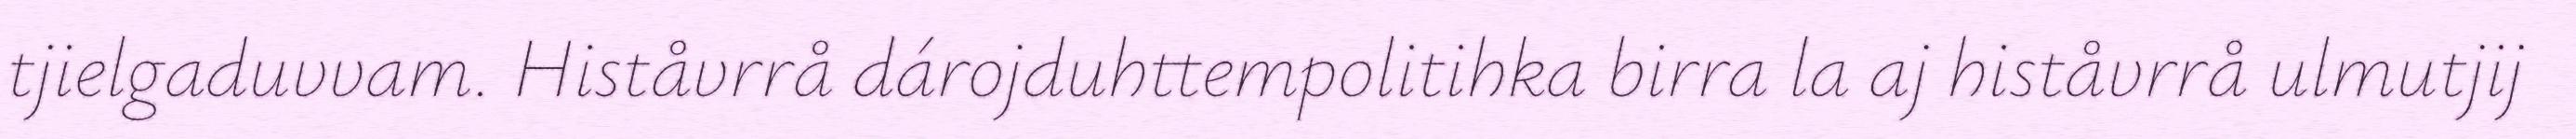
tjielgaduvvam. Histåvrrå dárojduhttempolitihka birra la aj histåvrrå ulmutjij